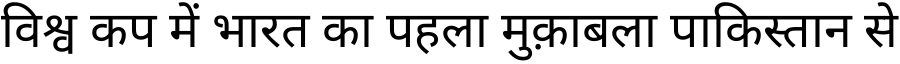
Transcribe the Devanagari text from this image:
विश्व कप में भारत का पहला मुक़ाबला पाकिस्तान से